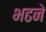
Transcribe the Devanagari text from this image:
भढने